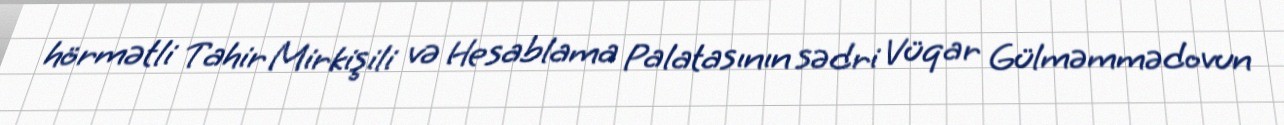
hörmətli Tahir Mirkişili və Hesablama Palatasının sədri Vüqar Gülməmmədovun